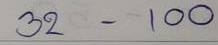
32 - 100